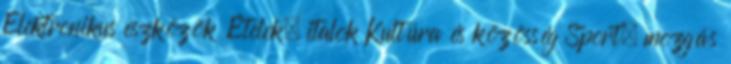
Elektronikus eszközök Ételek, italok Kultúra és közösség Sport, mozgás